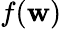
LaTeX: f(\mathbf{w})